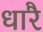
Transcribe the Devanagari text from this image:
धारै